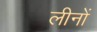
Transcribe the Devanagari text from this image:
लीनों